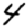
Digit: 4